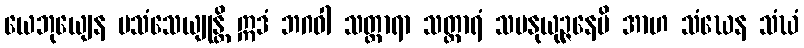
ယေဘုယျေန ပသံသေယျုန္တိ ဣဒံ ဘဂဝါ သတ္ထာရာ သတ္ထာရံ သမနုယုဉ္ဇနေပိ အာဟ သံဃေန သံဃံ